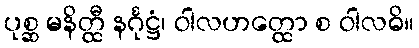
ပုစ္ဆ မနိတ္ထီ နင်္ဂုဋ္ဌံ၊ ဝါလဟတ္ထော စ ဝါလဓိ။